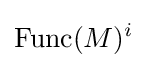
\operatorname {Func} (M)^{i}